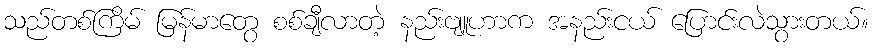
သည်တစ်ကြိမ် မြန်မာတွေ စစ်ချီလာတဲ့ နည်းဗျူဟာက အနည်းငယ် ပြောင်းလဲသွားတယ်။